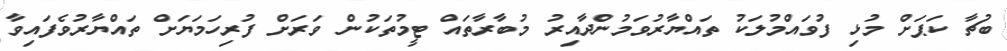
ބުޗާ ކަޕަށް މުޅި ފުވައްމުލަކު ތައްޔާރުވަމުންދާއިރު މުބާރާތައް ޓީމުތަކުން ވަރަށް ފުރިހަމަޔަށް ތައްޔާރުވެފައިވާ